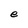
Character: e